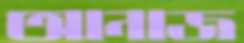
আনাজ